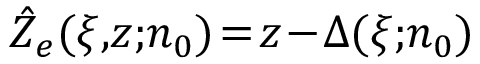
\hat { Z } _ { e } ( \xi , \! z ; \! n _ { 0 } ) \! = \! z \! - \! \Delta ( \xi ; \! n _ { 0 } )